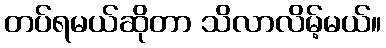
တပ်ရမယ်ဆိုတာ သိလာလိမ့်မယ်။